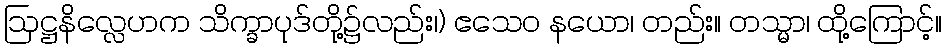
ဩဋ္ဌနိလ္လေဟက သိက္ခာပုဒ်တို့၌လည်း၊) ဧသေဝ နယော၊ တည်း။ တသ္မာ၊ ထို့ကြောင့်။